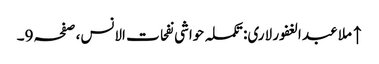
↑ ملا عبد الغفور لاری: تکملہ حواشی نفحات الانس، صفحہ 9۔